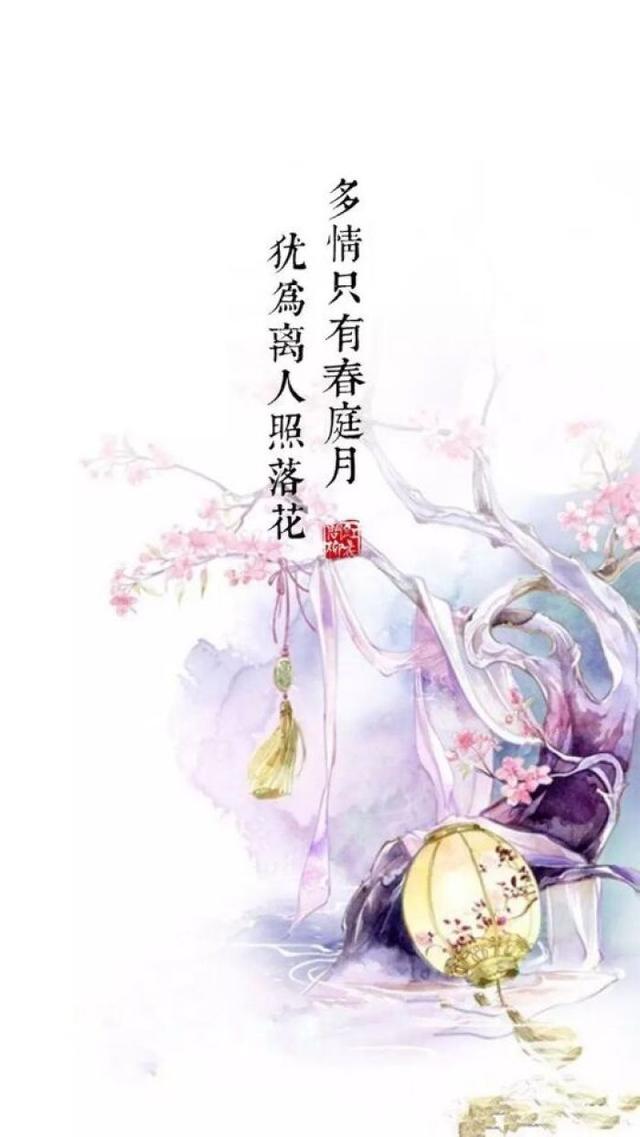
多情却被无情恼，今夜还如昨夜长。